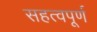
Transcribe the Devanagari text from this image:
सहत्वपूर्ण